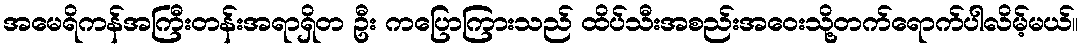
အမေရိကန်အကြီးတန်းအရာရှိတ ဦး ကပြောကြားသည် ထိပ်သီးအစည်းအဝေးသို့တက်ရောက်ပါလိမ့်မယ်။